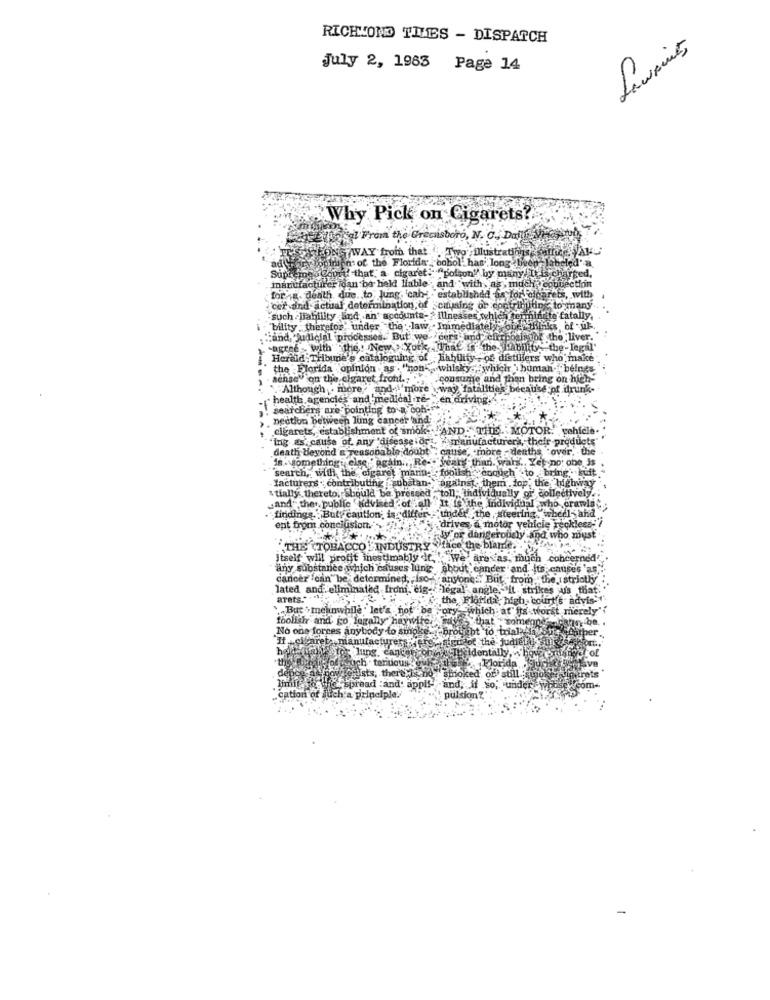
RICHLOND TIES - DISPATCH
July 2, 1983 Page 14
Why Pick on Cigarets ?!
lokal From the Greciaboro, N. C. Dall
IN WAY from that." ,, Two Illustrations une A
ton of the Florida sobol. han long been
heted"
Supreme Court that, a cigaret: "Bolson" by many/ Ii is charged
manufacturer idan be held liable and with,as much cobi
for g. death due to lung. can- established as lor elcareis, with
cer and actual determination of causing or contributing to many
-such liability and an' accounta- > illnesses which terminate fatally.
"bility therefor" under the law .Immediately one thinks of uk-
Hand, judicial processes. But we eers und cirrhosisgot the liver.
-agree with the New York .nat is the ability "the -legal'
Herald Tribune's cataloguing of liability- of distillers who make
the Florida opinion .as . "non- whisky "whichr ', human beings
sense" on the cigaret front .: '
.consume and then bring on high
* "Although . more, and- \'more \way fatalities because
.iltrunk-
health agencies and medical re-
Men dri
searchers are pointing to a coh-
nection between lung cancer and:
cigarets, establishment of smok -- AND
híèlè.
ing as cause of any 'disease ior . X manufacturers, their products'
their
death beyond a reasonable doubt : cause, . more . denths over, the
is something: else " again .. "Re-+"
years than. wars ., Yet not obe Js
search, with the cigaret mann- foolish enough to bring . suft
facturers . contributing substan- against them .top, the highway
"tially thereto, Should be pressed , toll: individually or collectively.
sand the public "advised of all It is the individual who crawla"
rawla
findings. Buty caution; is differ :"under the steering ""wheels and
'drives, a motor vehicle reckless '?
ept from conclusion.
Jy. or dangerously and who must
THE (TOBACCO INDUSTRY ""face the blame.
Itself will profit inestimably f. . We' are as, much
any substance which causes lung about cancer and its causes 'as"
cancer can be determined, iso-anyone. But from the strictly
lated and. eliminated from. eig- - legal
arets."
the Florida, h
the Florida, high court's advis''
But >melinwhile " let's not be Sory
foolishr and go legally haywire,
No one forces anybody to smoke.
"Itte
factur
the
dentally,
lung.
ich . teritous
1kloride
Quists, there Is
spread :and apply-
and, if so; under
juch a piripelple.
pulsion?